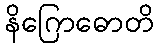
နိဂြောဓောတိ